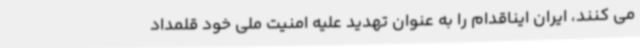
می کنند، ایران ایناقدام را به عنوان تهدید علیه امنیت ملی خود قلمداد